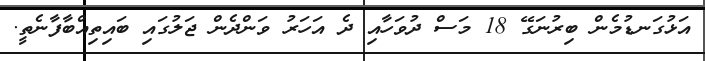
އަޅުގަނޑުމެން ބިރުނަގޭ 18 މަސް ދުވަހާއި ދެ އަހަރު ވަންދެން ޖަލުގައި ބައިތިއްބާފާނެތީ.